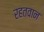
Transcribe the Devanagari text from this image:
रहतवान